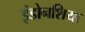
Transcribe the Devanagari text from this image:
इंडोनशिया